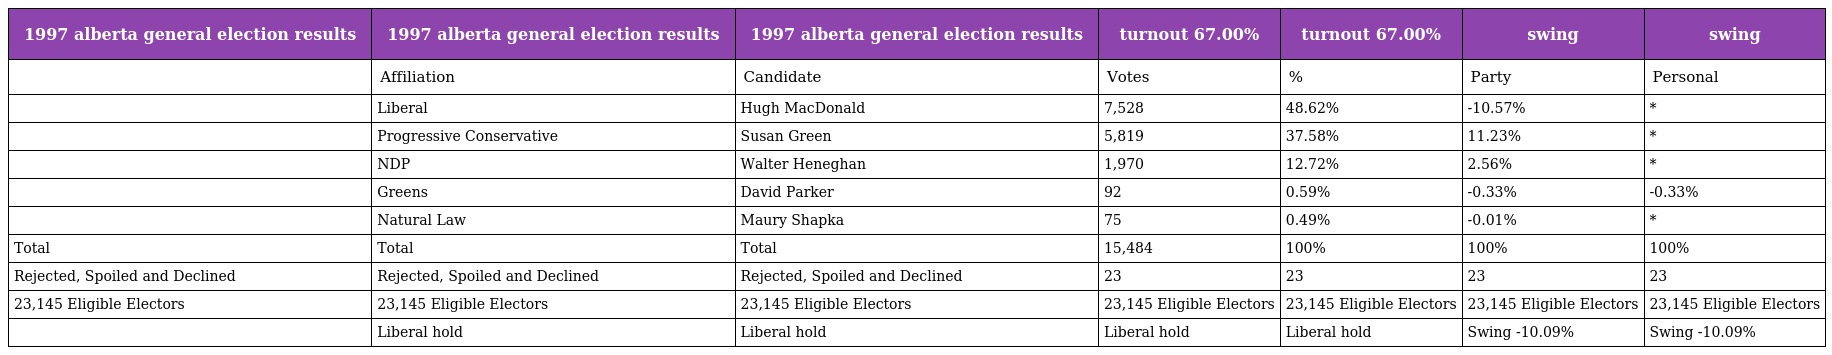
| 1997 alberta general election results | 1997 alberta general election results | 1997 alberta general election results | turnout 67.00% | turnout 67.00% | swing | swing |
 | --- | --- | --- | --- | --- | --- | --- |
 |  | Affiliation | Candidate | Votes | % | Party | Personal |
 |  | Liberal | Hugh MacDonald | 7,528 | 48.62% | -10.57% | * |
 |  | Progressive Conservative | Susan Green | 5,819 | 37.58% | 11.23% | * |
 |  | NDP | Walter Heneghan | 1,970 | 12.72% | 2.56% | * |
 |  | Greens | David Parker | 92 | 0.59% | -0.33% | -0.33% |
 |  | Natural Law | Maury Shapka | 75 | 0.49% | -0.01% | * |
 | Total | Total | Total | 15,484 | 100% | 100% | 100% |
 | Rejected, Spoiled and Declined | Rejected, Spoiled and Declined | Rejected, Spoiled and Declined | 23 | 23 | 23 | 23 |
 | 23,145 Eligible Electors | 23,145 Eligible Electors | 23,145 Eligible Electors | 23,145 Eligible Electors | 23,145 Eligible Electors | 23,145 Eligible Electors | 23,145 Eligible Electors |
 |  | Liberal hold | Liberal hold | Liberal hold | Liberal hold | Swing -10.09% | Swing -10.09% |